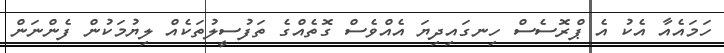
ހަމައެއާ އެކު އެ ޕްރޮސެސް ހިނގައިދިޔަ އެއްވެސް ގޮތެއްގެ ތަފުސީލުތަކެއް ލިޔުމަކުން ފެންްނަން